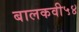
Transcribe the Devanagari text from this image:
बालकवी५४